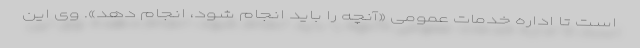
است تا اداره خدمات عمومی «آنچه را باید انجام شود، انجام دهد». وی این